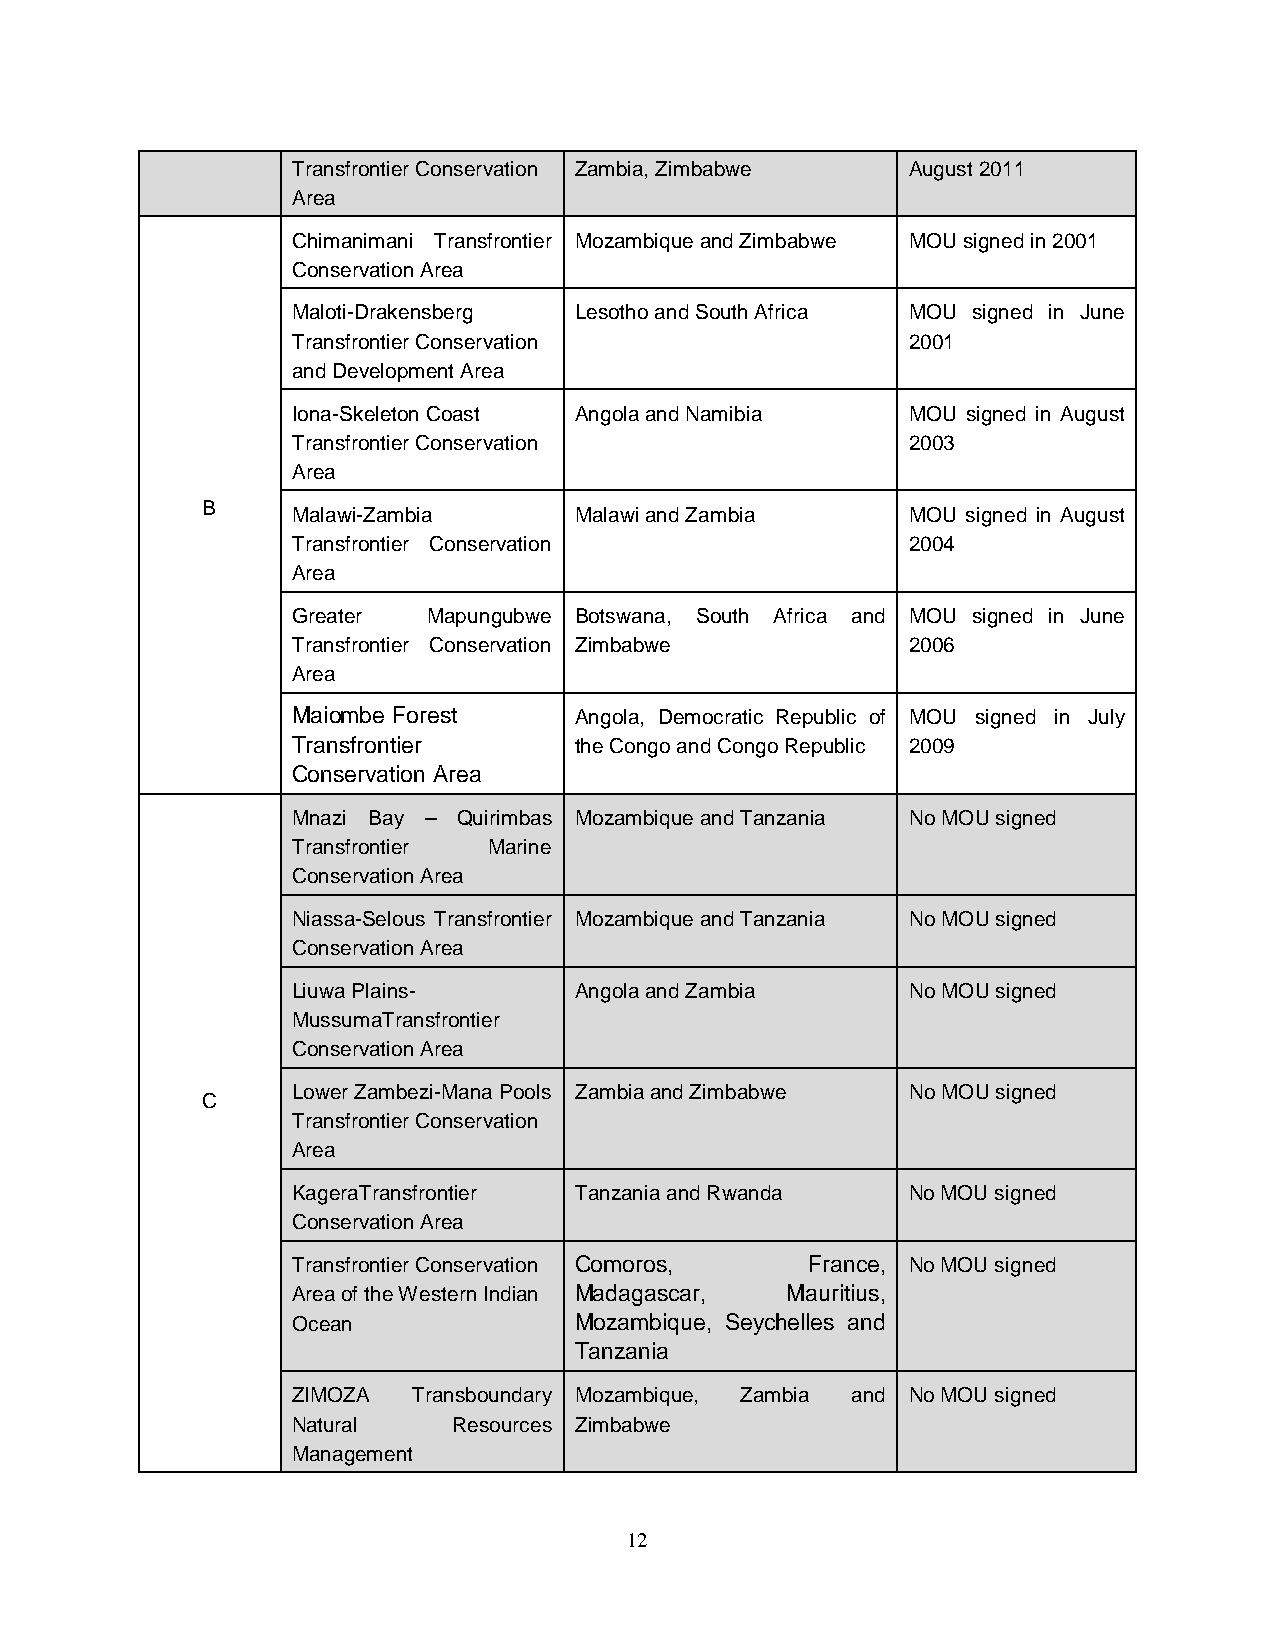
Transfrontier Conservation Zambia, Zimbabwe August 2011
 Area
 Chimanimani Transfrontier Mozambique and Zimbabwe MOU signed in 2001
 Conservation Area
 Maloti-Drakensberg Lesotho and South Africa MOU signed in June
 Transfrontier Conservation               2001
 and Development Area
 Iona-Skeleton Coast Angola and Namibia   MOU signed in August
 Transfrontier Conservation               2003
 Area
 B
 Malawi-Zambia      Malawi and Zambia     MOU signed in August
 Transfrontier Conservation               2004
 Area
 Greater  Mapungubwe Botswana, South Africa and MOU signed in June
 Transfrontier Conservation Zimbabwe      2006
 Area
 Maiombe Forest     Angola, Democratic Republic of MOU signed in July
 Transfrontier      the Congo and Congo Republic 2009
 Conservation Area
 Mnazi Bay – Quirimbas Mozambique and Tanzania No MOU signed
 Transfrontier Marine
 Conservation Area
 Niassa-Selous Transfrontier Mozambique and Tanzania No MOU signed
 Conservation Area
 Liuwa Plains-      Angola and Zambia     No MOU signed
 MussumaTransfrontier
 Conservation Area
 Lower Zambezi-Mana Pools Zambia and Zimbabwe No MOU signed
 C
 Transfrontier Conservation
 Area
 KageraTransfrontier Tanzania and Rwanda  No MOU signed
 Conservation Area
 Transfrontier Conservation Comoros, France, No MOU signed
 Area of the Western Indian Madagascar, Mauritius,
 Ocean              Mozambique, Seychelles and
 Tanzania
 ZIMOZA  Transboundary Mozambique, Zambia and No MOU signed
 Natural    Resources Zimbabwe
 Management
 12